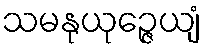
သမနုယုဉ္ဇေယျံ